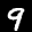
Label: 9